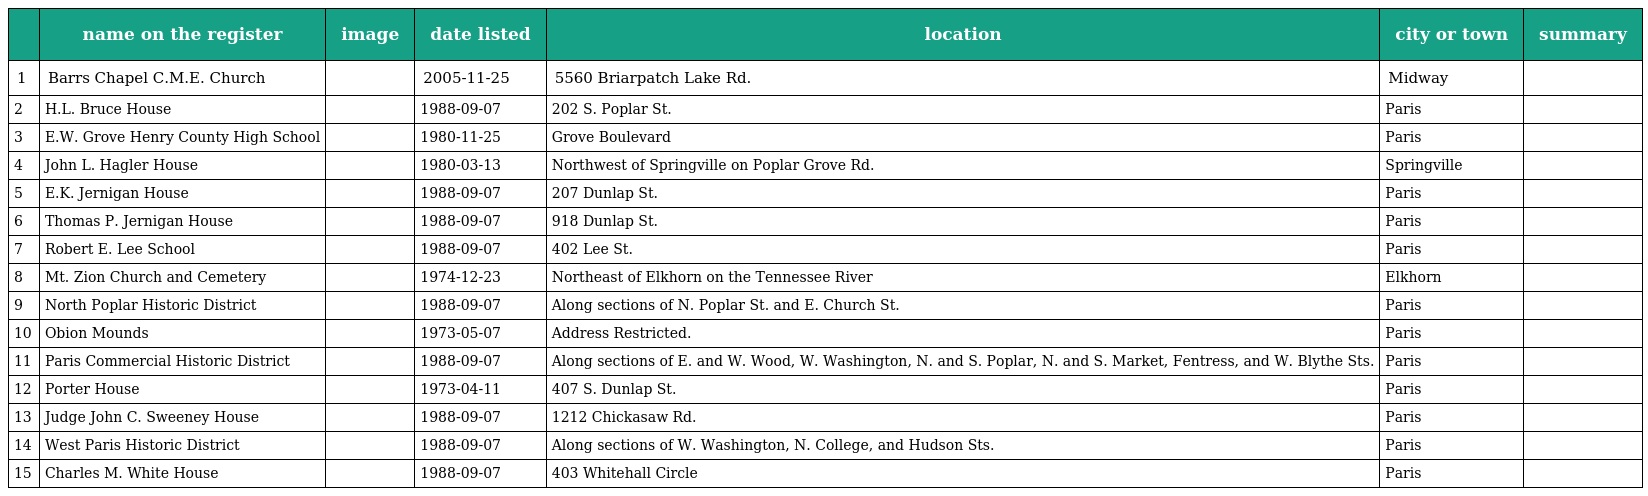
|  | name on the register | image | date listed | location | city or town | summary |
 | --- | --- | --- | --- | --- | --- | --- |
 | 1 | Barrs Chapel C.M.E. Church |  | 2005-11-25 | 5560 Briarpatch Lake Rd. | Midway |  |
 | 2 | H.L. Bruce House |  | 1988-09-07 | 202 S. Poplar St. | Paris |  |
 | 3 | E.W. Grove Henry County High School |  | 1980-11-25 | Grove Boulevard | Paris |  |
 | 4 | John L. Hagler House |  | 1980-03-13 | Northwest of Springville on Poplar Grove Rd. | Springville |  |
 | 5 | E.K. Jernigan House |  | 1988-09-07 | 207 Dunlap St. | Paris |  |
 | 6 | Thomas P. Jernigan House |  | 1988-09-07 | 918 Dunlap St. | Paris |  |
 | 7 | Robert E. Lee School |  | 1988-09-07 | 402 Lee St. | Paris |  |
 | 8 | Mt. Zion Church and Cemetery |  | 1974-12-23 | Northeast of Elkhorn on the Tennessee River | Elkhorn |  |
 | 9 | North Poplar Historic District |  | 1988-09-07 | Along sections of N. Poplar St. and E. Church St. | Paris |  |
 | 10 | Obion Mounds |  | 1973-05-07 | Address Restricted. | Paris |  |
 | 11 | Paris Commercial Historic District |  | 1988-09-07 | Along sections of E. and W. Wood, W. Washington, N. and S. Poplar, N. and S. Market, Fentress, and W. Blythe Sts. | Paris |  |
 | 12 | Porter House |  | 1973-04-11 | 407 S. Dunlap St. | Paris |  |
 | 13 | Judge John C. Sweeney House |  | 1988-09-07 | 1212 Chickasaw Rd. | Paris |  |
 | 14 | West Paris Historic District |  | 1988-09-07 | Along sections of W. Washington, N. College, and Hudson Sts. | Paris |  |
 | 15 | Charles M. White House |  | 1988-09-07 | 403 Whitehall Circle | Paris |  |